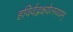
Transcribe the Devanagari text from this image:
हविर्वद्भक्षयेत्स्वयम्